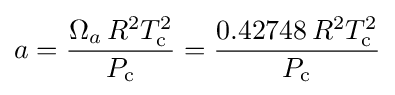
a={\frac {\Omega _{a}\,R^{2}T_{\text{c}}^{2}}{P_{\text{c}}}}={\frac {0.42748\,R^{2}T_{\text{c}}^{2}}{P_{\text{c}}}}